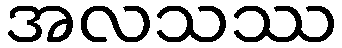
အလသဿ